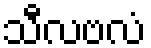
သီလဗလံ